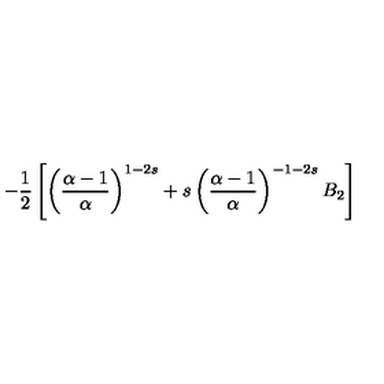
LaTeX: - \frac { 1 } { 2 } \left[ \left( \frac { \alpha - 1 } { \alpha } \right) ^ { 1 - 2 s } + s \left( \frac { \alpha - 1 } { \alpha } \right) ^ { - 1 - 2 s } B _ { 2 } \right]